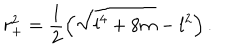
LaTeX: r _ { + } ^ { 2 } = \frac { 1 } { 2 } \left( \sqrt { l ^ { 4 } + 8 m } - l ^ { 2 } \right) .